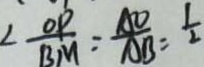
\angle \frac { O P } { B M } = \frac { A O } { A B } = \frac { 1 } { 2 }